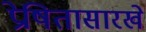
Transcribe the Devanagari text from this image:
प्रेषितासारखे